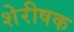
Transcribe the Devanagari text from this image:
शेरीषक